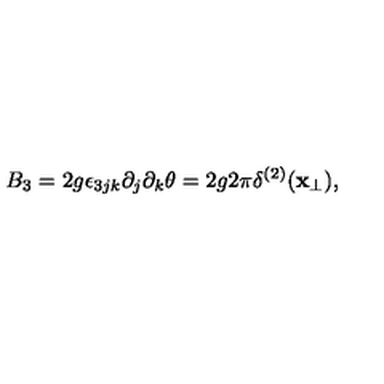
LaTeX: B _ { 3 } = 2 g \epsilon _ { 3 j k } \partial _ { j } \partial _ { k } \theta = 2 g 2 \pi \delta ^ { ( 2 ) } ( { \bf x } _ { \bot } ) ,